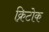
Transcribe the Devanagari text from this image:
क्रिटोक